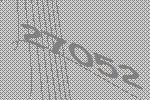
27052